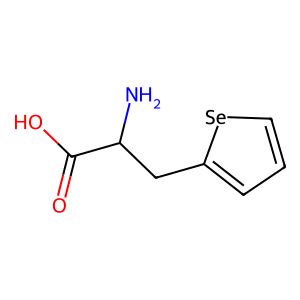
SMILES: NC(Cc1ccc[se]1)C(=O)O
Inhibits HIV replication: No